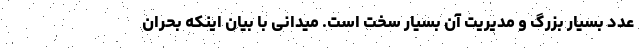
عدد بسیار بزرگ و مدیریت آن بسیار سخت است. میدانی با بیان اینکه بحران